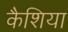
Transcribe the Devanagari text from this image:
कैशिया